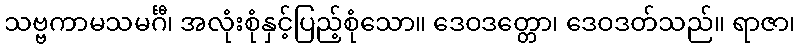
သဗ္ဗကာမသမင်္ဂီ၊ အလုံးစုံနှင့်ပြည့်စုံသော။ ဒေဝဒတ္တော၊ ဒေဝဒတ်သည်။ ရာဇာ၊